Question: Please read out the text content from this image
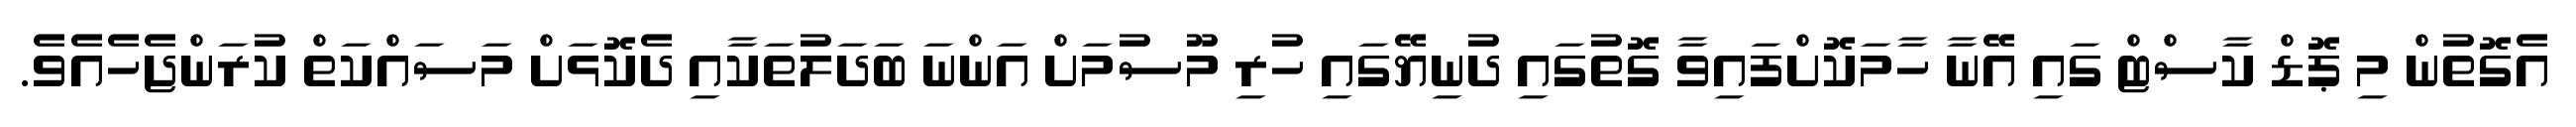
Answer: އެގޮތުން މި ޕޮޑް ކާސްޓް ގައި އޭނާ ހާމަކޮށްފައިވާ ގޮތުގައި ދުނިޔޭގައި ހުރި މޫސުމަށް އަންނަ ބަދަލުތަކާއި ދެކޮޅަށް މަސައްކަތް ކުރަންޖެހެއެވެ.